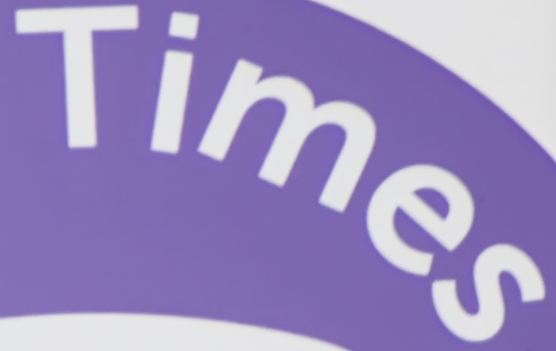
Times